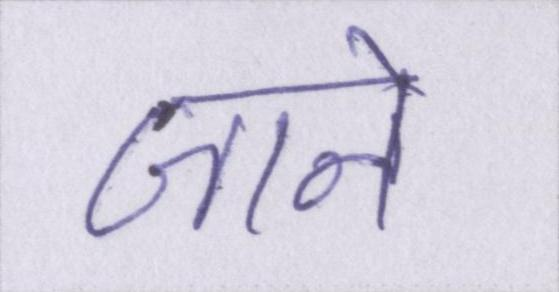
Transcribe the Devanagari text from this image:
जाने